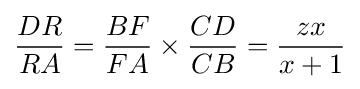
{\frac {DR}{RA}}={\frac {BF}{FA}}\times {\frac {CD}{CB}}={\frac {zx}{x+1}}